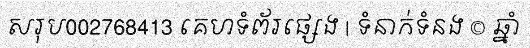
សរុប002768413 គេហទំព័រផ្សេង | ទំនាក់ទំនង © ឆ្នាំ